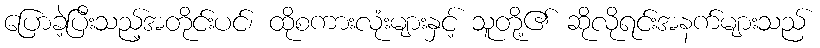
ပြောခဲ့ပြီးသည့်အတိုင်းပင်၊ ထိုစကားလုံးများနှင့် သူတို့၏ ဆိုလိုရင်းအနက်များသည်